system: You are a helpful assistant.
user:
Analyze the provided spectrum to determine if it is a **Carbon Star (C-type)**.

- **Key Visual Indicators of Carbon Star:**
    - **(Primary):** Strong molecular absorption from **C₂ (diatomic carbon) "Swan Bands."** This is the **defining feature** of a carbon star.
        - **(Key Bandheads):** Sharp absorption edges are visible at approximately $5635$ Å, $5165$ Å (the strongest band), and $4737$ Å.
        - **(Line Profile):** Creates a distinct **"saw-tooth"** pattern. The key morphology is a sharp, steep bandhead on the **red (long-wavelength) side**, which then gradually tapers off (i.e., flux recovers) towards the **blue (short-wavelength) side**. *(This is the direct opposite of the TiO bands seen in M-type stars)*.

    - **(Secondary):** Intense **CN (cyanogen)** molecular absorption bands.
        - **(Key Bandheads):** Located in the blue and violet regions of the spectrum (e.g., near $4215$ Å and $3883$ Å).
        - **(Morphology):** These bands are extremely broad and act as a "blanket," absorbing the vast majority of blue and violet light. This creates a characteristic **"cliff"** or **"steep drop-off"** in the spectrum's flux at short wavelengths.

    - **(Key Confirmation):** Strong **CH absorption band (G-band)**.
        - **(Key Bandhead):** Located around $4300$ Å. The contribution from CH molecules to this band is exceptionally strong.

    - **(Overall Spectrum):**
        - The continuum is severely "chopped up" by these deep molecular bands, especially C₂, rather than appearing as a smooth curve.
        - Due to the heavy CN and C₂ absorption in the blue-green, the vast majority of the star's flux is concentrated in the red part of the spectrum, giving the star its characteristic deep red color.

Think first, call **spectral_visualization_tool** if needed to examine features in detail, then provide your final answer. Your response must adhere to the following strict rules:
1.  **Overall Structure:** Your response must follow the format `<think>...</think> <tool_call>...</tool_call> (if a tool is used) <answer>...</answer>`.
2.  **Tool Usage Constraint:** You may only make **one** tool call per turn.
3.  **Final Answer Format:** In the `<answer>` tag, your conclusion must be inside a `\boxed{}` command (e.g., `\boxed{YES}`), followed by your justification.

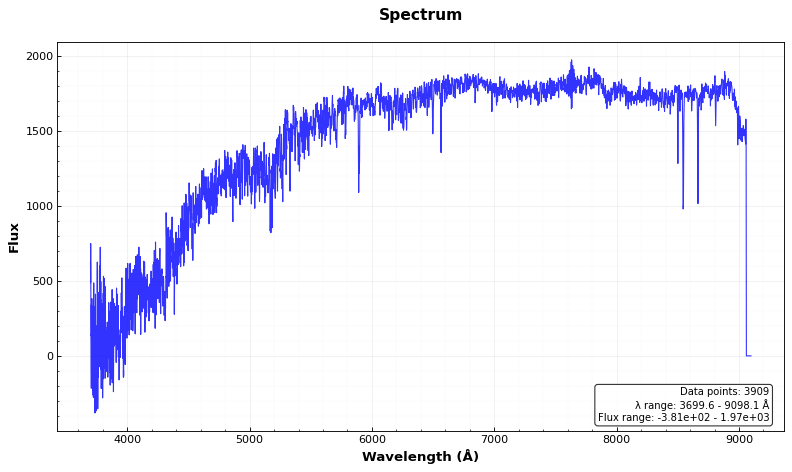
Answer: NO